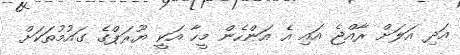
އަދި އަލަށް ރާއްޖެ އައި އެ އަންހެން މީހާ އަކީ ޔޫރަޕްގެ ގައުމުތަކަށް